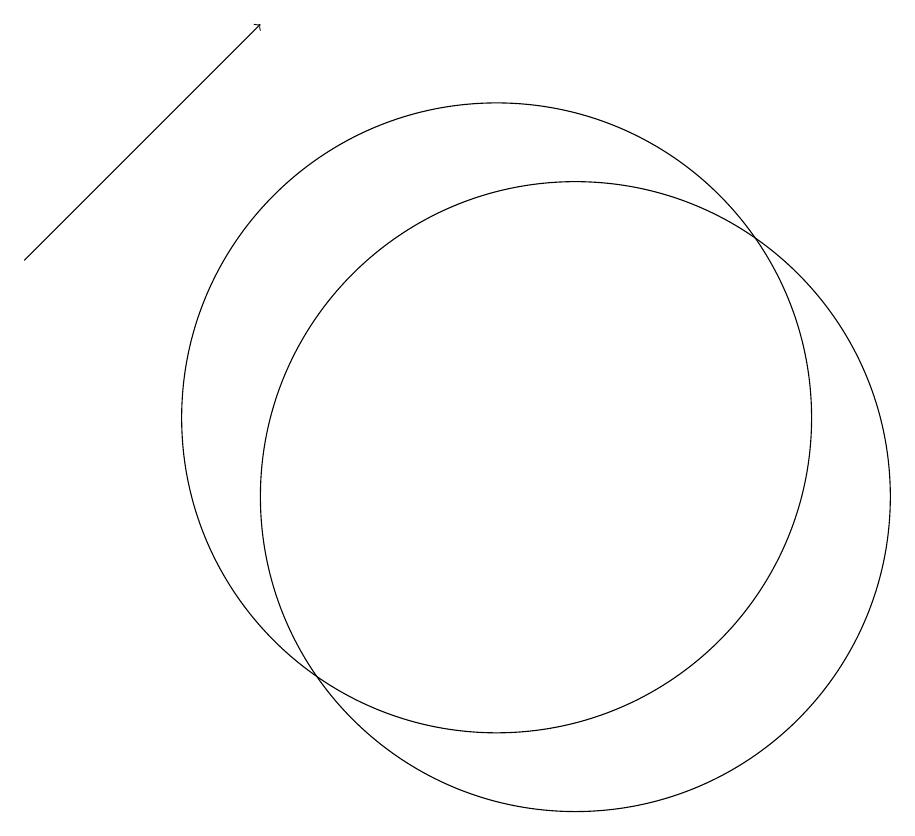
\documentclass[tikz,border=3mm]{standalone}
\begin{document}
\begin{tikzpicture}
\draw[->] (4,13) -- (7,16);
\draw (11,10) circle (4);
\draw (10,11) circle (4);
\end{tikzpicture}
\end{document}